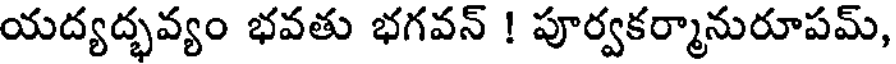
యద్యద్భవ్యం భవతు భగవన్ ! పూర్వకర్మానురూపమ్,